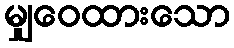
မျှဝေထားသော